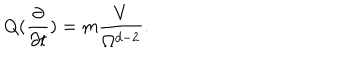
LaTeX: Q ( \frac { \partial } { \partial t } ) = m \frac { V } { \Omega ^ { d - 2 } } .